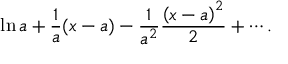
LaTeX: \ln a + { \frac { 1 } { a } } ( x - a ) - { \frac { 1 } { a ^ { 2 } } } { \frac { \left( x - a \right) ^ { 2 } } { 2 } } + \cdots .